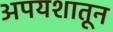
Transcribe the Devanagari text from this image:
अपयशातून